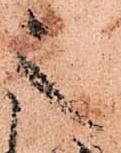
之